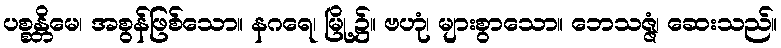
ပစ္စန္တိမေ၊ အစွန်ဖြစ်သော။ နဂရေ၊ မြို့၌။ ဗဟုံ၊ များစွာသော။ ဘေသဇ္ဇံ၊ ဆေးသည်။